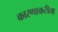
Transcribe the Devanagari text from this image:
कारणाकरीता